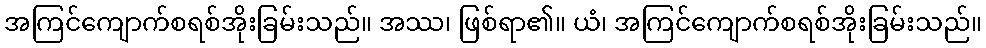
အကြင်ကျောက်စရစ်အိုးခြမ်းသည်။ အဿ၊ ဖြစ်ရာ၏။ ယံ၊ အကြင်ကျောက်စရစ်အိုးခြမ်းသည်။